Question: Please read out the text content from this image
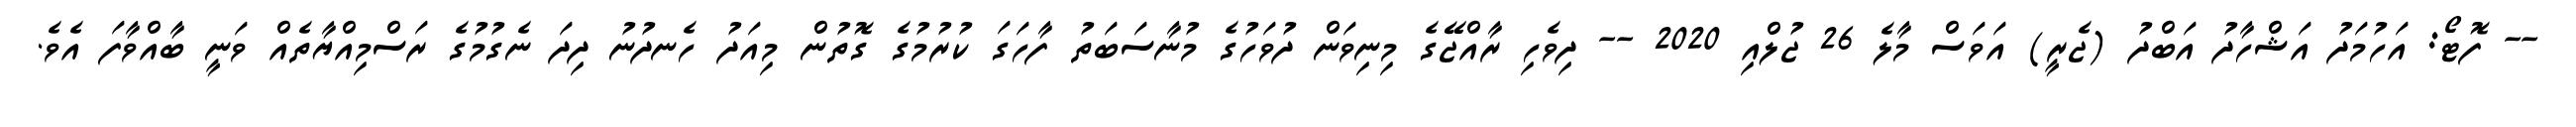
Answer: -- ފޮޓޯ: އަހުމަދު އަޝްހާދު އަބްދު (ޖެރީ) އަވަސް މާލެ 26 ޖުލްއި 2020 -- ދިވެހި ރާއްޖޭގެ މިނިވަން ދުވަހުގެ މުނާސަބަތު ފާހަގަ ކުރުމުގެ ގޮތުން މިއަދު ހެނދުނު ދިދަ ނެގުމުގެ ރަސްމިއްޔާތެއް ވަނީ ބާއްވާފަ އެވެ.